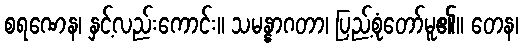
စရဏေန၊ နှင့်လည်းကောင်း။ သမန္နာဂတာ၊ ပြည့်စုံတော်မူ၏။ တေန၊